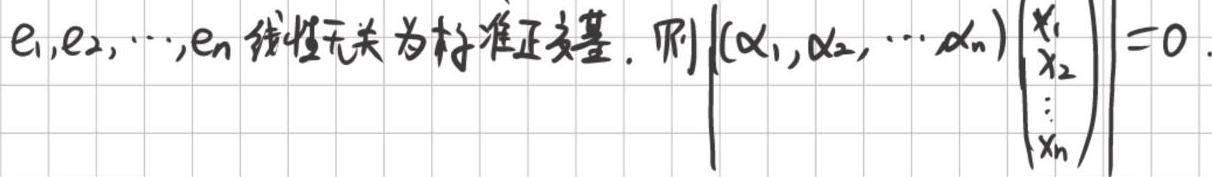
$e_1,e_2,\cdots,e_n$线性无关为标准正交基. 则$|(\alpha_1,\alpha_2,\cdots\alpha_n)\begin{pmatrix}x_1x_2\vdotsx_n\end{pmatrix}| = 0.$